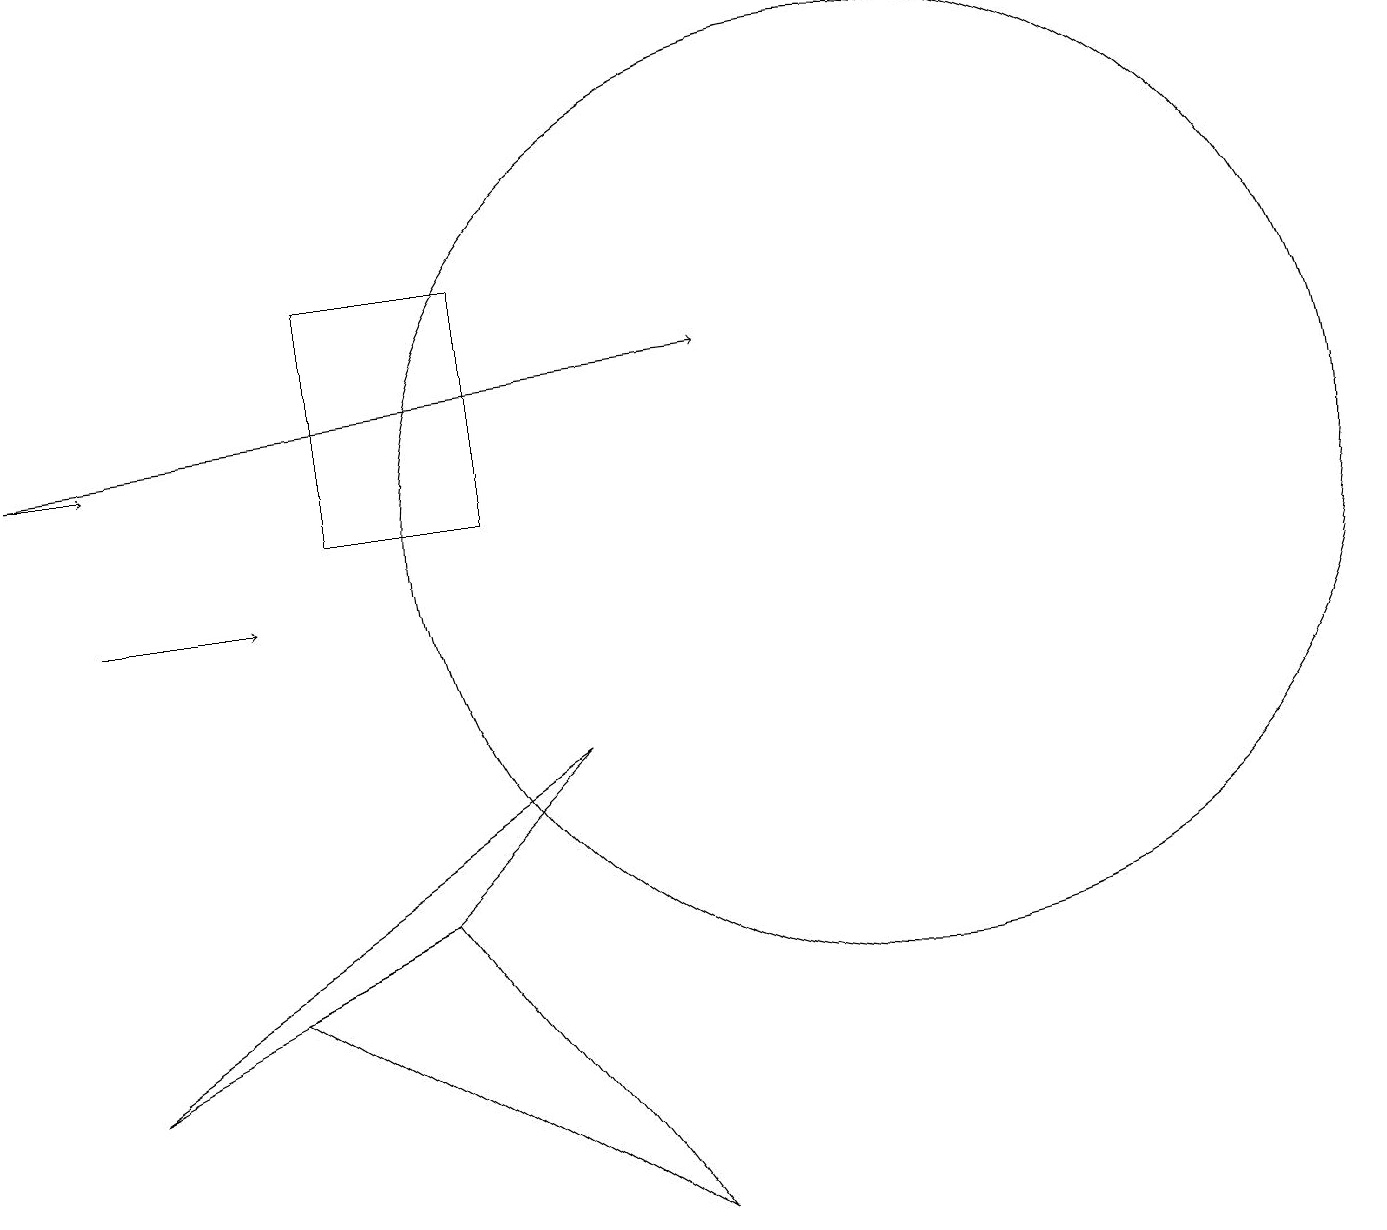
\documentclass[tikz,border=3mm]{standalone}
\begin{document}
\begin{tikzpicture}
\draw (7,8) -- (1,4) -- (5,6) -- cycle;
\draw[->] (1,10) -- (3,10);
\draw (4,14) rectangle (6,11);
\draw[->] (0,12) -- (9,13);
\draw (11,11) circle (6);
\draw (3,5) -- (5,6) -- (8,2) -- cycle;
\draw[->] (0,12) -- (1,12);
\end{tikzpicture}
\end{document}